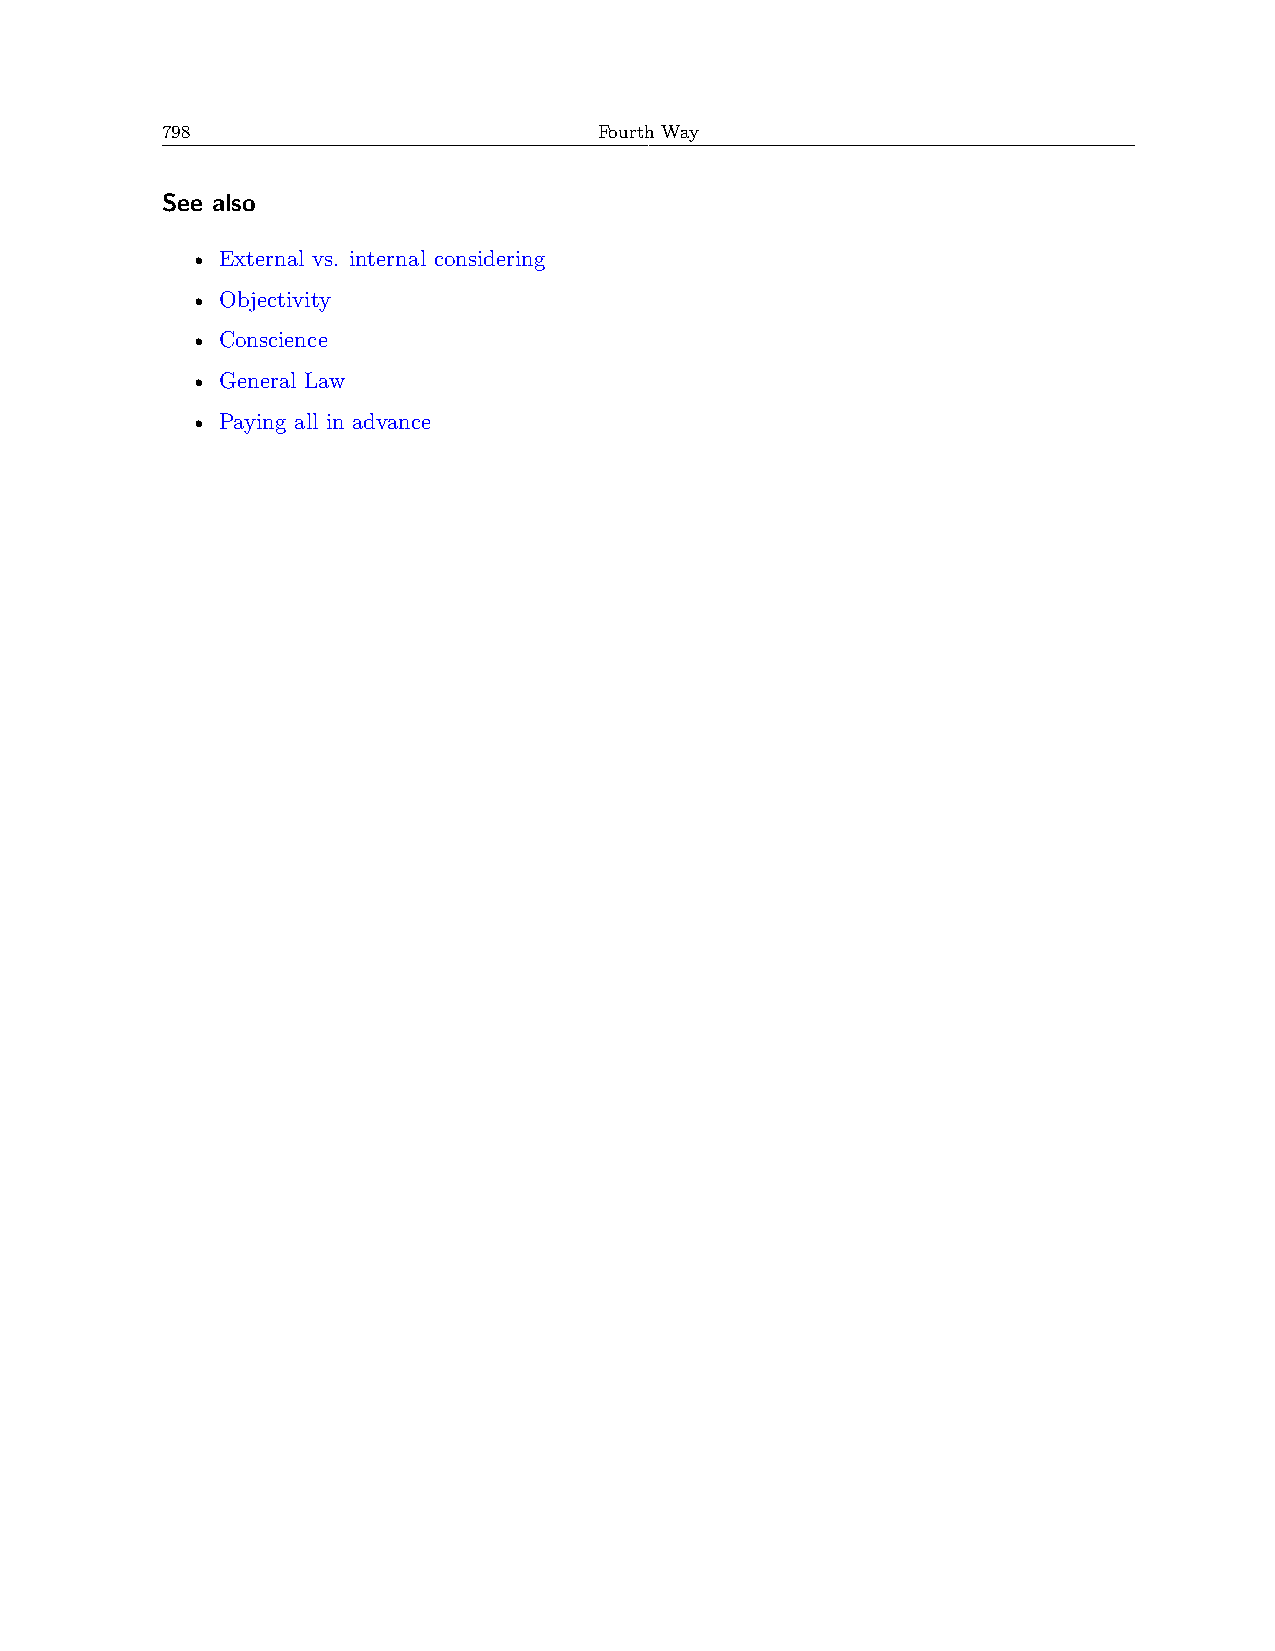
798                          Fourth Way
 See also
 • External vs. internal considering
 • Objectivity
 • Conscience
 • General Law
 • Paying all in advance